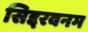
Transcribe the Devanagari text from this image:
सिद्दरवनम